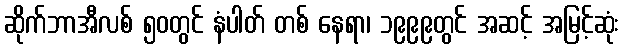
ဆိုက်ဘာအီလစ် ၅၀တွင် နံပါတ် တစ် နေရာ၊ ၁၉၉၉တွင် အဆင့် အမြင့်ဆုံး